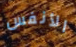
الأنفس